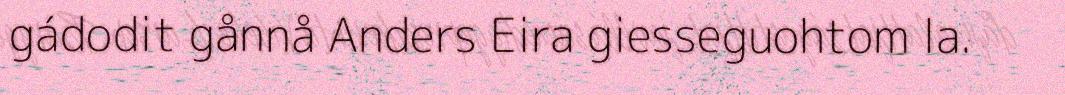
gádodit gånnå Anders Eira giesseguohtom la.